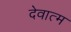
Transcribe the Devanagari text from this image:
देवात्म